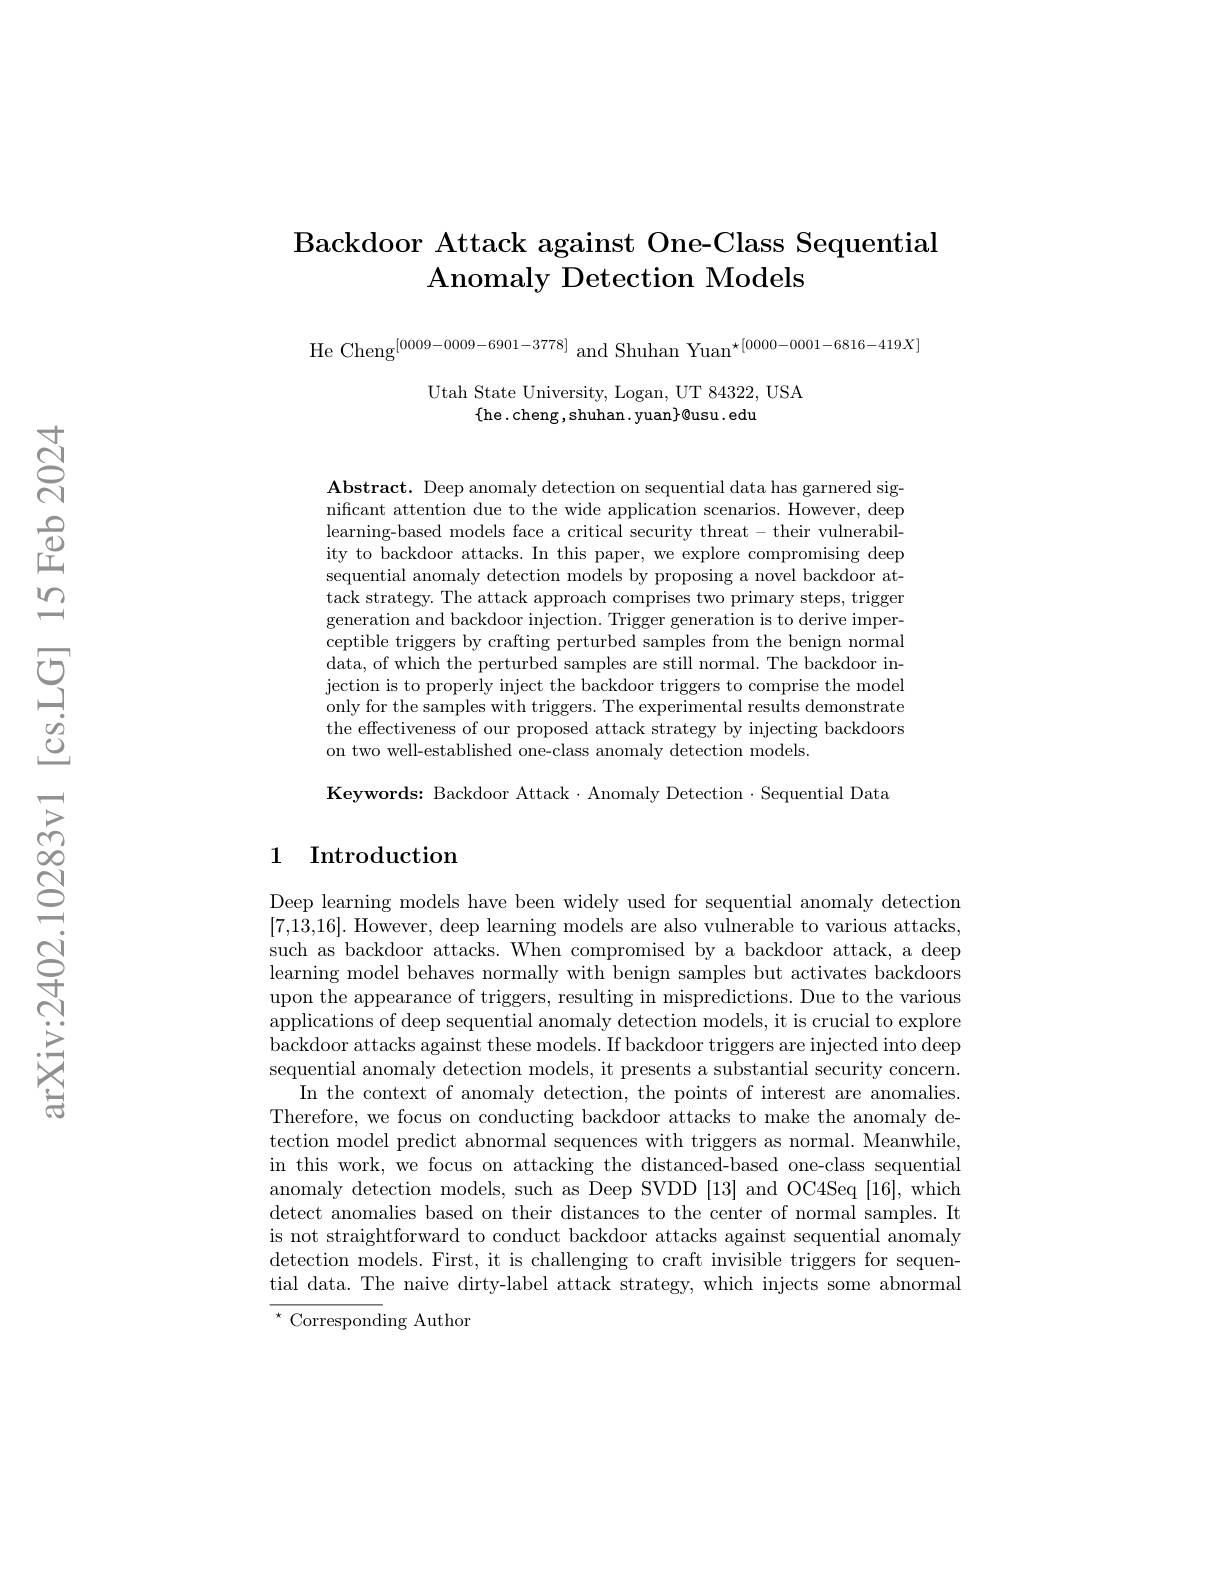
# Backdoor Attack against One-Class Sequential Anomaly Detection Models

He Cheng$^{[0009-0009-6901-3778]}$ and Shuhan Yuan$^{\star[0000-0001-6816-419X]}$

Utah State University, Logan, UT 84322, USA
$\{$he.cheng,shuhan.yuan$\}$@usu.edu

$\mathbf{Abstract.~Deep~anomaly~detection~on~sequential~data~has~garnered~sig-}$ nificant attention due to the wide application scenarios. However, deep learning-based models face a critical security threat - their vulnerability to backdoor attacks. In this paper, we explore compromising deep sequential anomaly detection models by proposing a novel backdoor attack strategy. The attack approach comprises two primary steps, trigger generation and backdoor injection. Trigger generation is to derive imperceptible triggers by crafting perturbed samples from the benign normal data, of which the perturbed samples are still normal. The backdoor injection is to properly inject the backdoor triggers to comprise the model only for the samples with triggers. The experimental results demonstrate the effectiveness of our proposed attack strategy by injecting backdoors on two well-established one-class anomaly detection models.

Keywords: Backdoor Attack·Anomaly Detection $\cdot$Sequential Data

## 1 Introduction

Deep learning models have been widely used for sequential anomaly detection [7,13,16]. However, deep learning models are also vulnerable to various attacks, such as backdoor attacks. When compromised by a backdoor attack, a deep learning model behaves normally with benign samples but activates backdoors upon the appearance of triggers, resulting in mispredictions. Due to the various applications of deep sequential anomaly detection models, it is crucial to explore backdoor attacks against these models. If backdoor triggers are injected into deep sequential anomaly detection models, it presents a substantial security concern.
In the context of anomaly detection, the points of interest are anomalies. Therefore, we focus on conducting backdoor attacks to make the anomaly detection model predict abnormal sequences with triggers as normal. Meanwhile, in this work, we focus on attacking the distanced-based one-class sequential anomaly detection models, such as Deep SVDD [13] and OC4Seq [16], which detect anomalies based on their distances to the center of normal samples. It is not straightforward to conduct backdoor attacks against sequential anomaly detection models. First, it is challenging to craft invisible triggers for sequential data. The naive dirty-label attack strategy, which injects some abnormal $^{\star}$ Corresponding Author